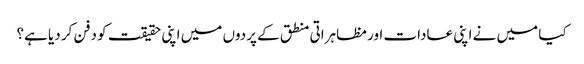
کیا میں نے اپنی عادات اور مظاہراتی منطق کے پردوں میں اپنی حقیقت کو دفن کر دیا ہے؟